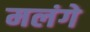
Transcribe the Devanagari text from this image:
मलंगे